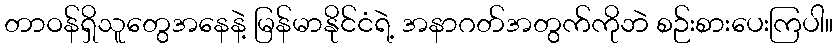
တာဝန်ရှိသူတွေအနေနဲ့ မြန်မာနိုင်ငံရဲ့ အနာဂတ်အတွက်ကိုဘဲ စဉ်းစားပေးကြပါ။